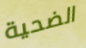
الضحية